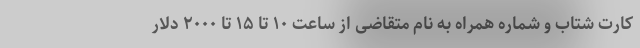
کارت شتاب و شماره همراه به نام متقاضی از ساعت ۱۰ تا ۱۵ تا ۲۰۰۰ دلار